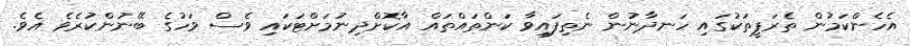
އެހެންކަމުން ތެރަޕީތަކުގައި ހަނދާނުން ނެތިފައިވާ ކަންތައްތައް އާކޮށްދިނުމަށްޓަކައި ވެސް ވަހުގެ ބޭނުންކުރެވެ އެވެ.